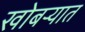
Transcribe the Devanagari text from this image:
खोबऱ्यात